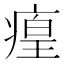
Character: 㾮